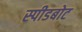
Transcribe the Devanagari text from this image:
स्‍पीडबोट